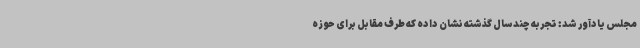
مجلس یادآور شد: تجربه چند سال گذشته نشان داده که طرف مقابل برای حوزه